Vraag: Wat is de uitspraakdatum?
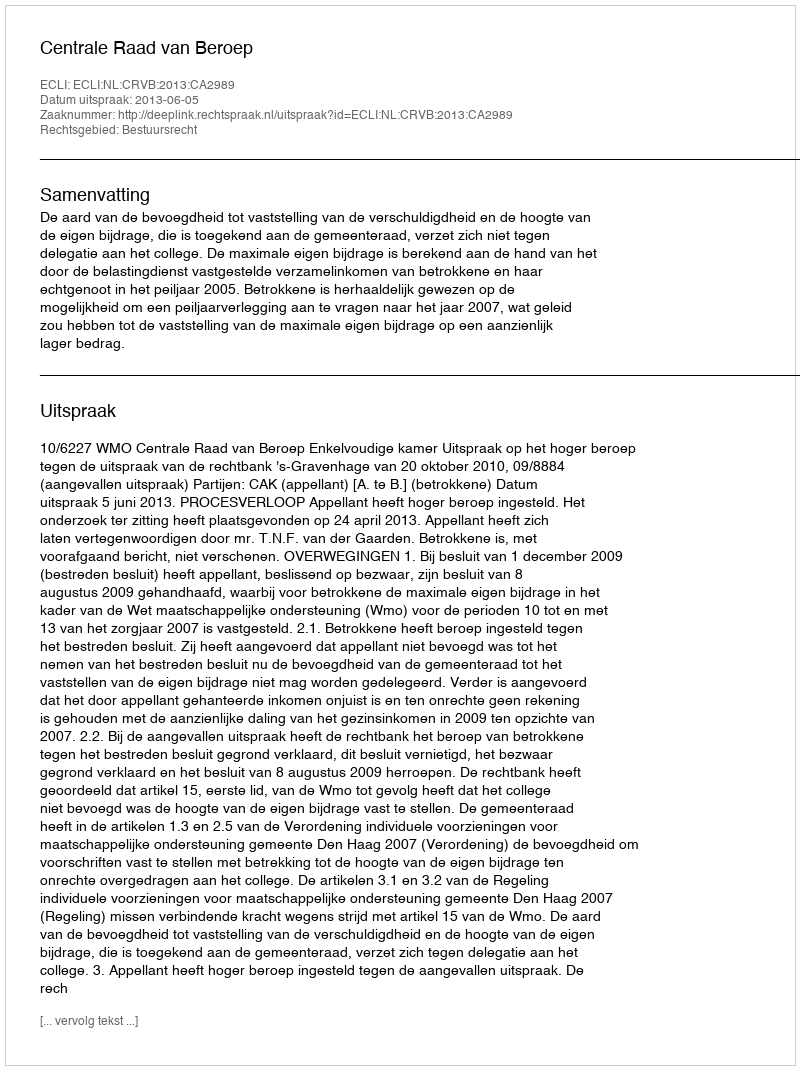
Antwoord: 2013-06-05